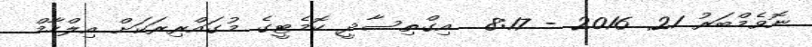
ނޮވެމްބަރު 21